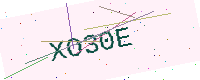
Text: XO30E